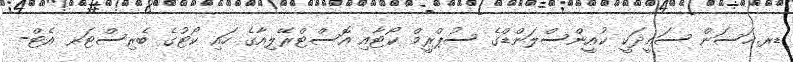
ޑރ.ޙަސަން ސަޢީދަކީ ކުއީންސްލަންޑްގެ ސުޕްރީމް ކޯޓާއި އޮސްޓްރޭލިއާގެ ހައި ކޯޓުގެ ބެރިސްޓަރ- އެޓް-